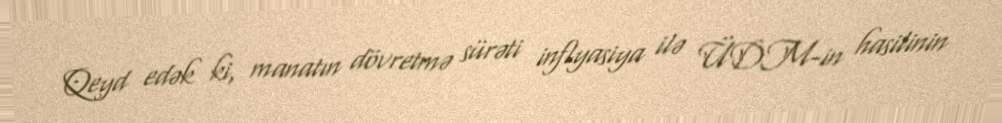
Qeyd edək ki, manatın dövretmə sürəti inflyasiya ilə ÜDM-in hasilinin